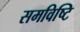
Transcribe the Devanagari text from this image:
समविष्टि